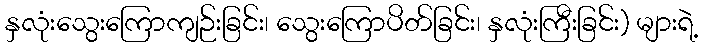
နှလုံးသွေးကြောကျဉ်းခြင်း၊ သွေးကြောပိတ်ခြင်း၊ နှလုံးကြီးခြင်း) များရဲ့